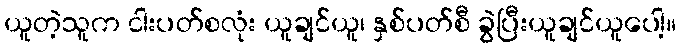
ယူတဲ့သူက ငါးပတ်စလုံး ယူချင်ယူ၊ နှစ်ပတ်စီ ခွဲပြီးယူချင်ယူပေါ့။